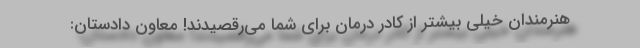
هنرمندان خیلی بیشتر از کادر درمان برای شما می‌رقصیدند! معاون دادستان: